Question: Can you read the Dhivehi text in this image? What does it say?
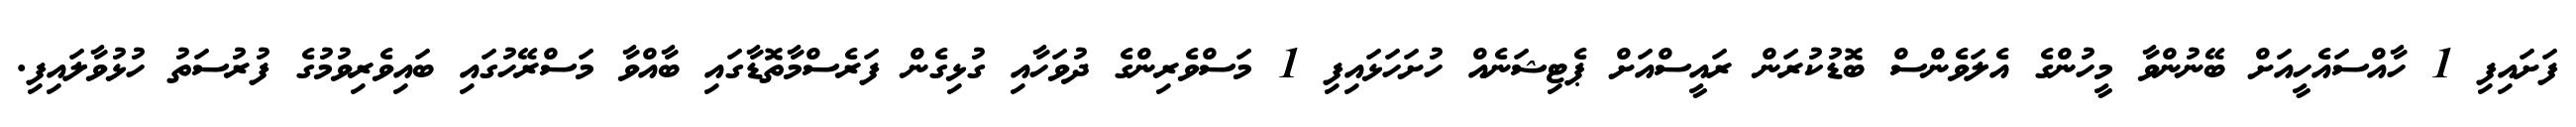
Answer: ފަށައިފި 1 ހާއްސައެހީއަށް ބޭނުންވާ މީހުންގެ އެލަވެންސް ބޮޑުކުރަން ރައީސްއަށް ޕެޓިޝަނެއް ހުށަހަޅައިފި 1 މަސްވެރިންގެ ދުވަހާއި ގުޅިގެން ފަރެސްމާތޮޑާގައި ބާއްވާ މަސްރޭހުގައި ބައިވެރިވުމުގެ ފުރުސަތު ހުޅުވާލައިފި.